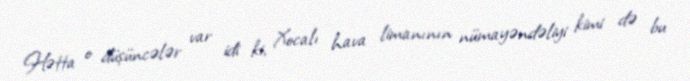
Hətta o düşüncələr var idi ki, Xocalı hava limanının nümayəndəliyi kimi də bu